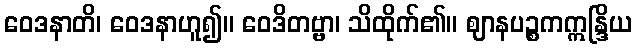
ဝေဒနာတိ၊ ဝေဒနာဟူ၍။ ဝေဒိတဗ္ဗာ၊ သိထိုက်၏။ ဈာနပဉ္စကဣန္ဒြိယ